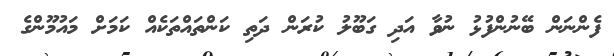
ފެންނަން ބޭނުންފުޅު ނުވާ އަދި ގަބޫލު ކުރަން ދަތި ކަންތައްތަކެއް ކަމަށް މައުމޫންގެ